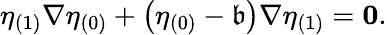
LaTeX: \eta_{(1)}\nabla\eta_{(0)}+\left(\eta_{(0)}-\mathfrak{b}\right)\nabla\eta_{(1)}=\mathbf{{0}}.